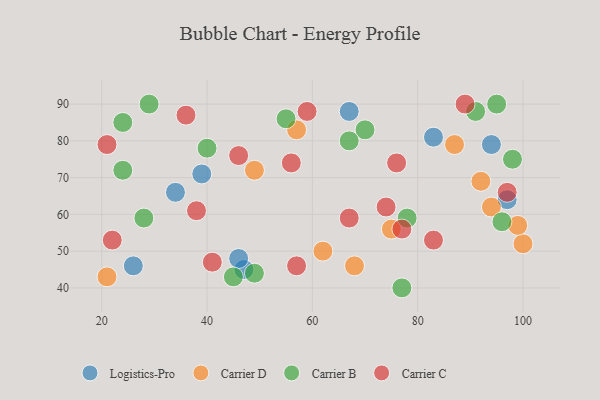
{"axis": {"x": "GDP", "y": "Life Expectancy"}, "legend": ["Carrier B", "Carrier C", "Carrier D", "Logistics-Pro"], "data": [{"x": "47", "y": 45, "type": "Logistics-Pro"}, {"x": "26", "y": 46, "type": "Logistics-Pro"}, {"x": "67", "y": 88, "type": "Logistics-Pro"}, {"x": "94", "y": 79, "type": "Logistics-Pro"}, {"x": "83", "y": 81, "type": "Logistics-Pro"}, {"x": "46", "y": 48, "type": "Logistics-Pro"}, {"x": "39", "y": 71, "type": "Logistics-Pro"}, {"x": "34", "y": 66, "type": "Logistics-Pro"}, {"x": "97", "y": 64, "type": "Logistics-Pro"}, {"x": "87", "y": 79, "type": "Carrier D"}, {"x": "49", "y": 72, "type": "Carrier D"}, {"x": "68", "y": 46, "type": "Carrier D"}, {"x": "92", "y": 69, "type": "Carrier D"}, {"x": "100", "y": 52, "type": "Carrier D"}, {"x": "75", "y": 56, "type": "Carrier D"}, {"x": "21", "y": 43, "type": "Carrier D"}, {"x": "62", "y": 50, "type": "Carrier D"}, {"x": "57", "y": 83, "type": "Carrier D"}, {"x": "94", "y": 62, "type": "Carrier D"}, {"x": "99", "y": 57, "type": "Carrier D"}, {"x": "77", "y": 40, "type": "Carrier B"}, {"x": "24", "y": 72, "type": "Carrier B"}, {"x": "55", "y": 86, "type": "Carrier B"}, {"x": "98", "y": 75, "type": "Carrier B"}, {"x": "96", "y": 58, "type": "Carrier B"}, {"x": "28", "y": 59, "type": "Carrier B"}, {"x": "70", "y": 83, "type": "Carrier B"}, {"x": "24", "y": 85, "type": "Carrier B"}, {"x": "29", "y": 90, "type": "Carrier B"}, {"x": "45", "y": 43, "type": "Carrier B"}, {"x": "67", "y": 80, "type": "Carrier B"}, {"x": "78", "y": 59, "type": "Carrier B"}, {"x": "91", "y": 88, "type": "Carrier B"}, {"x": "40", "y": 78, "type": "Carrier B"}, {"x": "95", "y": 90, "type": "Carrier B"}, {"x": "49", "y": 44, "type": "Carrier B"}, {"x": "46", "y": 76, "type": "Carrier C"}, {"x": "57", "y": 46, "type": "Carrier C"}, {"x": "76", "y": 74, "type": "Carrier C"}, {"x": "21", "y": 79, "type": "Carrier C"}, {"x": "74", "y": 62, "type": "Carrier C"}, {"x": "77", "y": 56, "type": "Carrier C"}, {"x": "36", "y": 87, "type": "Carrier C"}, {"x": "56", "y": 74, "type": "Carrier C"}, {"x": "38", "y": 61, "type": "Carrier C"}, {"x": "67", "y": 59, "type": "Carrier C"}, {"x": "83", "y": 53, "type": "Carrier C"}, {"x": "41", "y": 47, "type": "Carrier C"}, {"x": "89", "y": 90, "type": "Carrier C"}, {"x": "59", "y": 88, "type": "Carrier C"}, {"x": "97", "y": 66, "type": "Carrier C"}, {"x": "22", "y": 53, "type": "Carrier C"}]}